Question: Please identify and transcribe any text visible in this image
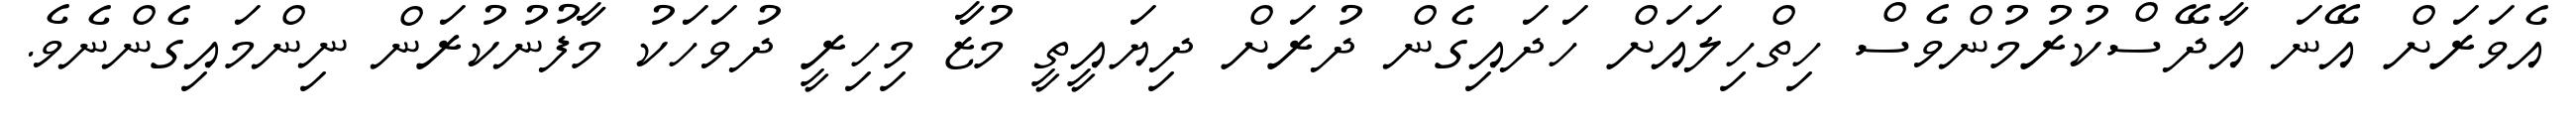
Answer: އެވަރަށް އޭނަ އާދޭސްކުރުމުންވެސް ހިތްހިލައަށް ހަދައިގެން ދުރަށް ދިޔައީތީ މުޒާ މިހިރީ ދުވަހަކު މާފުނުކުރަން ނިންމައިގެންނެވެ.